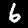
Label: 6